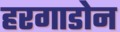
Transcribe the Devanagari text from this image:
हरगाडोन